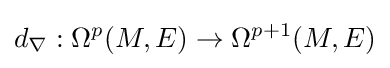
d_{\nabla }:\Omega ^{p}(M,E)\to \Omega ^{p+1}(M,E)